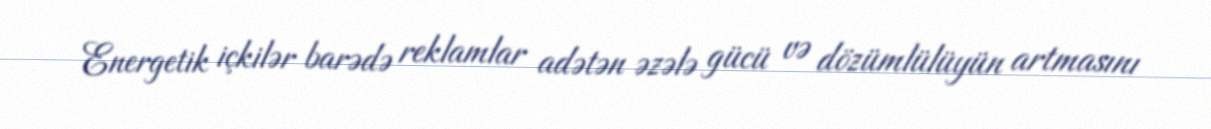
Energetik içkilər barədə reklamlar adətən əzələ gücü və dözümlülüyün artmasını